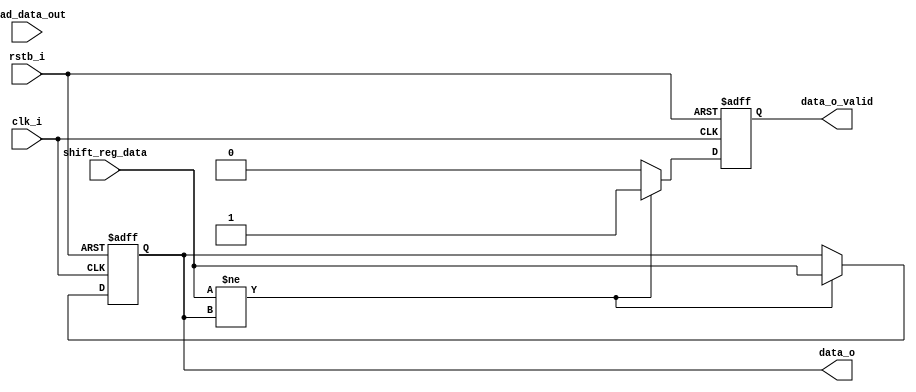
`timescale 1ns / 1ps
//////////////////////////////////////////////////////////////////////////////////
// Company: 
// Engineer: 
// 
// Design Name: 
// Module Name: UART_R_DataOutRegister
//////////////////////////////////////////////////////////////////////////////////


module UART_R_DataOutRegister(
    input clk_i,
    input rstb_i,
    input [7:0] shift_reg_data,
    input load_data_out,
    
    output reg data_o_valid,
    output reg [7:0] data_o
);
    
    always @(posedge clk_i, negedge rstb_i) begin 
        if (!rstb_i) begin
            data_o <= 0;
            data_o_valid <=1;
        end else begin
              if(shift_reg_data [7:0] != data_o [7:0]) begin
                    data_o [7:0] <= shift_reg_data [7:0];
                    data_o_valid <= 1;
                end else begin
                    data_o_valid <= 0;
               end
        end
    end
endmodule